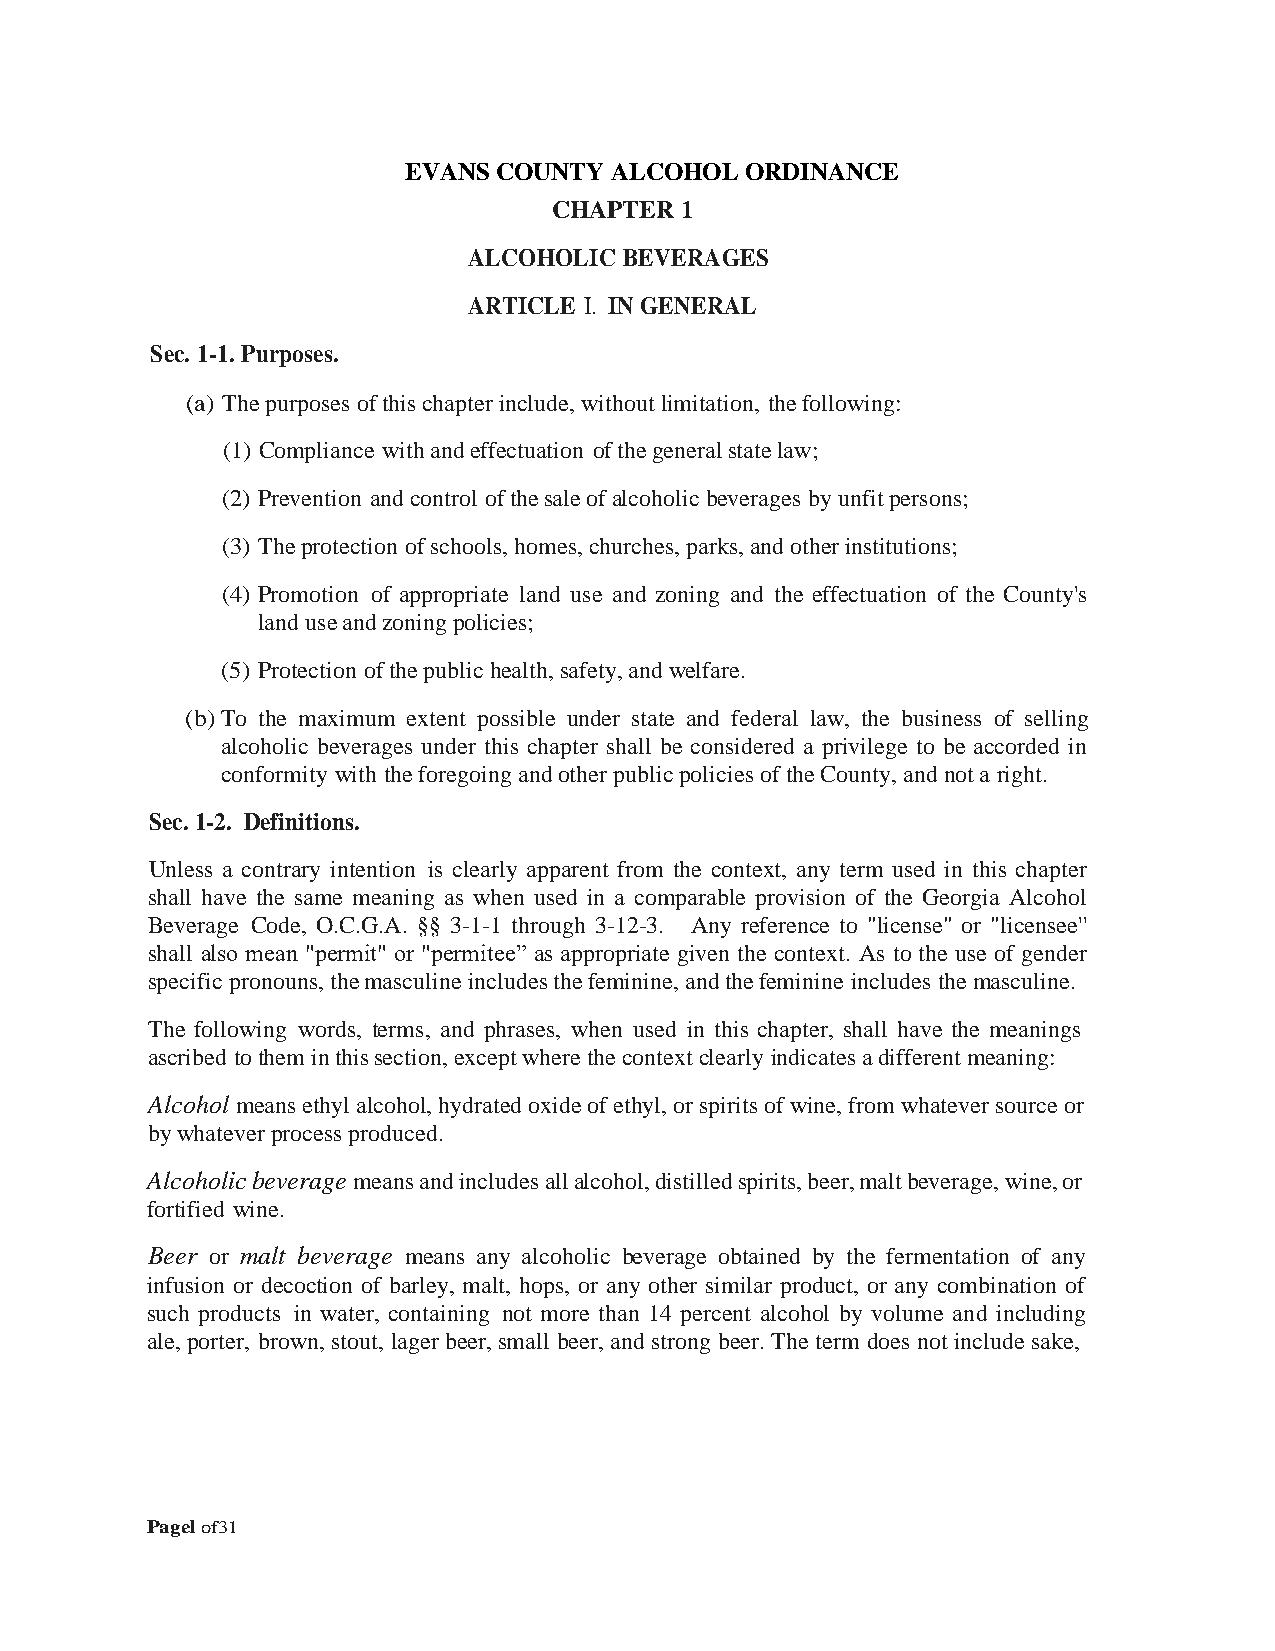
EVANS COUNTY ALCOHOL  ORDINANCE
 CHAPTER 1
 ALCOHOLIC BEVERAGES
 ARTICLE I. IN GENERAL
 Sec. 1-1. Purposes.
 (a) The purposes of this chapter include, without limitation, the following:
 (1) Compliance with and effectuation of the general state law;
 (2) Prevention and control of the sale of alcoholic beverages by unfit persons;
 (3) The protection of schools, homes, churches, parks, and other institutions;
 (4) Promotion of appropriate land use and zoning and the effectuation of the County's
 land use and zoning policies;
 (5) Protection of the public health, safety, and welfare.
 (b) To the maximum extent possible under state and federal law, the business of selling
 alcoholic beverages under this chapter shall be considered a privilege to be accorded in
 conformity with the foregoing and other public policies of the County, and not a right.
 Sec. 1-2. Definitions.
 Unless a contrary intention is clearly apparent from the context, any term used in this chapter
 shall have the same meaning as when used in a comparable provision of the Georgia Alcohol
 Beverage Code, O.C.G.A. §§ 3-1-1 through 3-12-3. Any reference to "license" or "licensee''
 shall also mean "permit" or "permitee” as appropriate given the context. As to the use of gender
 specific pronouns, the masculine includes the feminine, and the feminine includes the masculine.
 The following words, terms, and phrases, when used in this chapter, shall have the meanings
 ascribed to them in this section, except where the context clearly indicates a different meaning:
 Alcohol means ethyl alcohol, hydrated oxide of ethyl, or spirits of wine, from whatever source or
 by whatever process produced.
 Alcoholic beverage means and includes all alcohol, distilled spirits, beer, malt beverage, wine, or
 fortified wine.
 Beer or malt beverage means any alcoholic beverage obtained by the fermentation of any
 infusion or decoction of barley, malt, hops, or any other similar product, or any combination of
 such products in water, containing not more than 14 percent alcohol by volume and including
 ale, porter, brown, stout, lager beer, small beer, and strong beer. The term does not include sake,
 Pagel of31